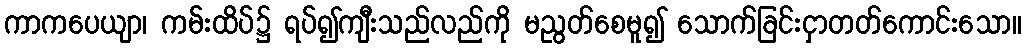
ကာကပေယျာ၊ ကမ်းထိပ်၌ ရပ်၍ကျီးသည်လည်ကို မညွတ်စေမူ၍ သောက်ခြင်းငှာတတ်ကောင်းသော။